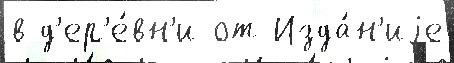
в д'ер'е́вн'и от Изда́н'иjе